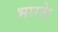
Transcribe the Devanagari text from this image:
भारताे